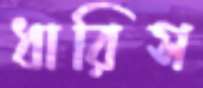
ধারিস